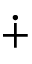
\dotplus